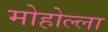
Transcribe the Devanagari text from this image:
मोहोल्ला